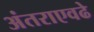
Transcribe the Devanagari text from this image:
अंतराएवढे